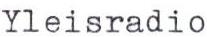
Yleisradio